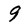
Character: 9